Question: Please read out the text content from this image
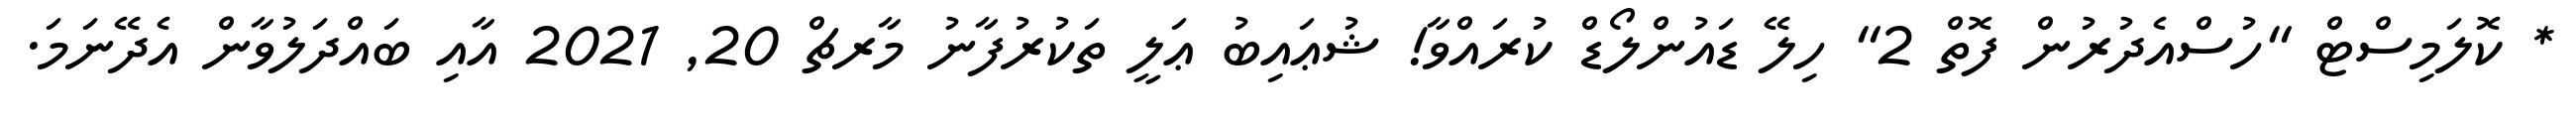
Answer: * ކޮލަމިސްޓް "ހުސްއެދުރުން ފޮތް 2" ހިލޭ ޑައުންލޯޑް ކުރައްވާ! ޝުޢައިބު ޢަލީ ތަކުރުފާނު މާރޗް 20, 2021 އާއި ބައްދަލުވާން އެދޭނަމަ.